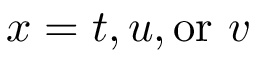
x = t , u , \mathrm { o r } \ v